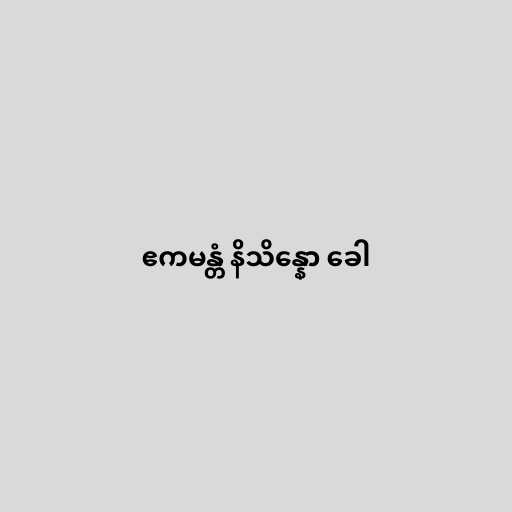
ဧကမန္တံ နိသိန္နော ခေါ